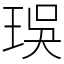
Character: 㻍